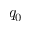
q _ { 0 }